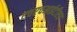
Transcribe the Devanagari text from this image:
एचएचआईटीएए